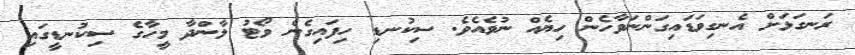
ރަނގަޅަށް އެނގިވަޑައިގަންނަވާހެން ހިޔެއް ނުވެއެވެ. ސިކުނޑި ހިފައިގެން ވޯޓު ލާންދާ މީހާގެ ސިކުނޑީގައި